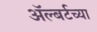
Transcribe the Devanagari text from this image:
ॲल्बर्टच्या